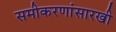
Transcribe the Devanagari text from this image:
समीकरणांसारखी